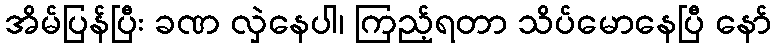
အိမ်ပြန်ပြီး ခဏ လှဲနေပါ၊ ကြည့်ရတာ သိပ်မောနေပြီ နော်